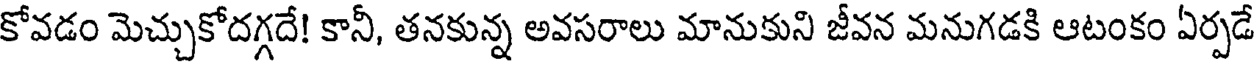
కోవడం మెచ్చుకోదగ్గదే! కానీ, తనకున్న అవసరాలు మానుకుని జీవన మనుగడకి ఆటంకం ఏర్పడే